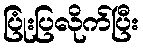
ပြုံးပြလိုက်ပြီး